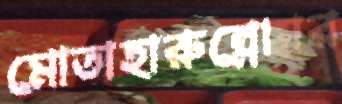
মোতাহারুন্নেছার